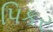
પિકર